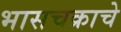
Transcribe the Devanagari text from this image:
भासचक्राचे